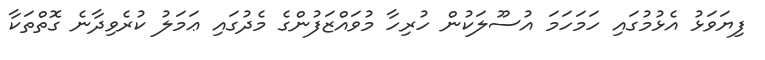
ފިޔަވަޅު އެޅުމުގައި ހަމަހަމަ އުސޫލަކުން ހުރިހާ މުވައްޒަފުންގެ މެދުގައި ޢަމަލު ކުރެވިދާނެ ގޮތްތަކާ